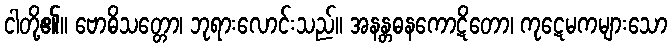
ငါတို့၏။ ဗောဓိသတ္တော၊ ဘုရားလောင်းသည်။ အနန္တဓနကောဋိတော၊ ကုဋေမကများသော